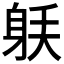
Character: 𰸼